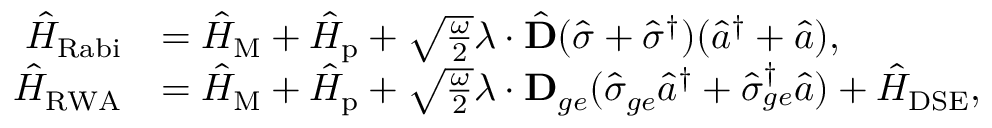
\begin{array} { r l } { \hat { H } _ { \mathrm { R a b i } } } & { = \hat { H } _ { \mathrm { M } } + \hat { H } _ { \mathrm { p } } + \sqrt { \frac { \omega } { 2 } } \boldsymbol { \lambda } \cdot \hat { \mathbf { D } } ( \hat { \sigma } + \hat { \sigma } ^ { \dag } ) ( \hat { a } ^ { \dag } + \hat { a } ) , } \\ { \hat { H } _ { \mathrm { R W A } } } & { = \hat { H } _ { \mathrm { M } } + \hat { H } _ { \mathrm { p } } + \sqrt { \frac { \omega } { 2 } } \boldsymbol { \lambda } \cdot \mathbf { D } _ { g e } ( \hat { \sigma } _ { g e } \hat { a } ^ { \dag } + \hat { \sigma } _ { g e } ^ { \dag } \hat { a } ) + \hat { H } _ { \mathrm { D S E } } , } \end{array}